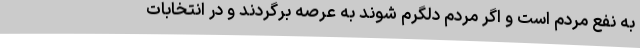
به نفع مردم است و اگر مردم دلگرم شوند به عرصه برگردند و در انتخابات